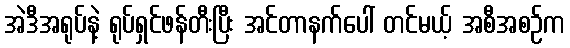
အဲဒီအရုပ်နဲ့ ရုပ်ရှင်ဖန်တီးပြီး အင်တာနက်ပေါ် တင်မယ့် အစီအစဉ်က